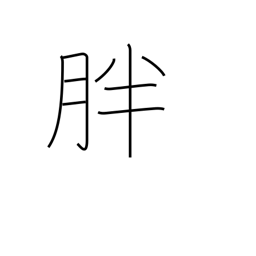
Meaning: plentiful